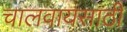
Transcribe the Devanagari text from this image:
चालवायसाठी